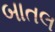
બાતલ